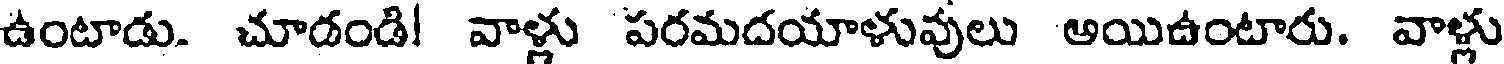
ఉంటాడు. చూడండి! వాళ్లు పరమదయాళువులు అయిఉంటారు. వాళ్లు